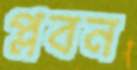
প্লবন